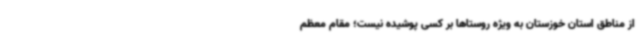
از مناطق استان خوزستان به ویژه روستاها بر کسی پوشیده نیست؛ مقام معظم